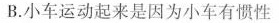
B.小车运动起来是因为小车有惯性